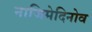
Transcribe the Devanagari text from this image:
नाजिमेदिनोव